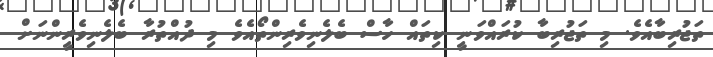
ތަޖުރިބާއެވެ. މި ތަޖުރިބާ ކުރައްވަނީ ކިތައް ހާސް ބެލެނިވެރިންތޯއެވެ މި ދުއްތުރާ ބެލެނިވެރީންނަށް